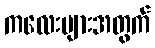
ကလေးများအတွက်